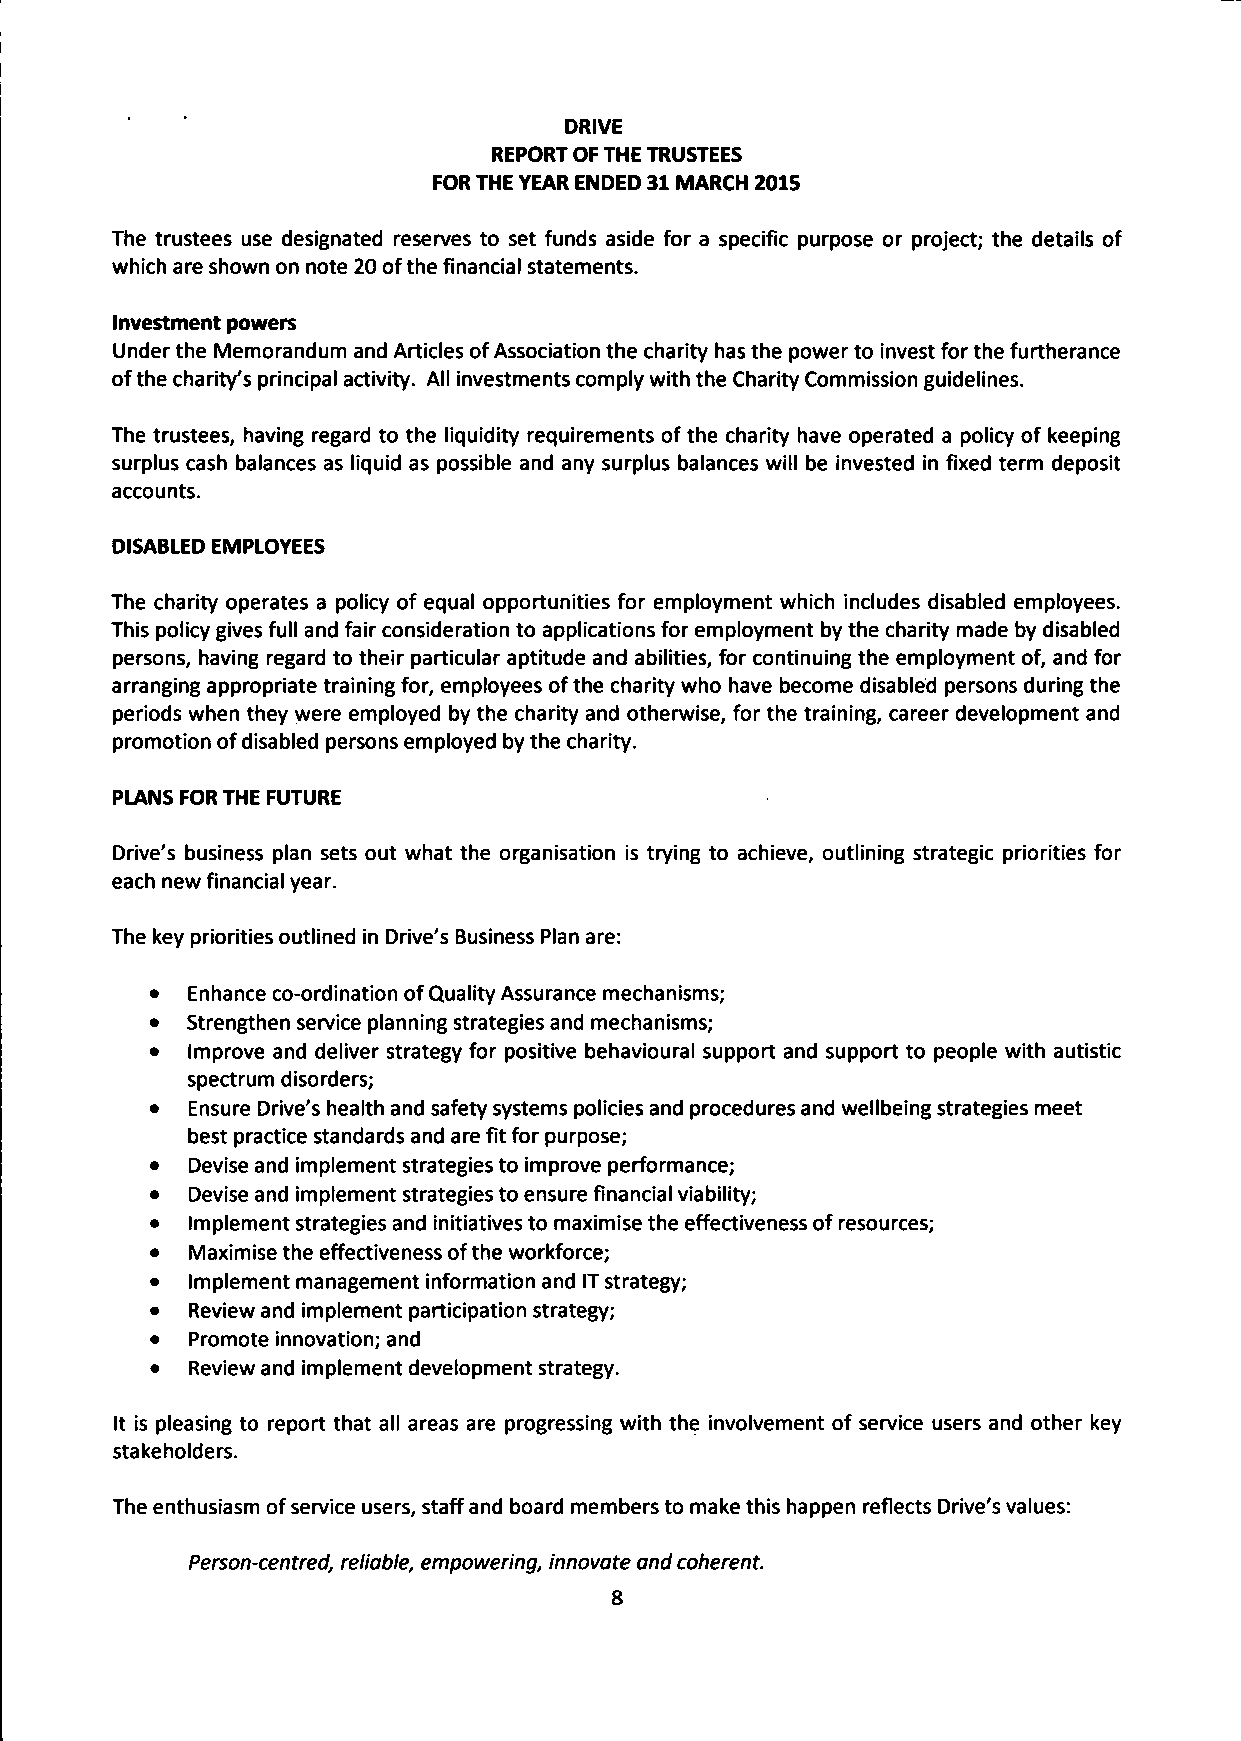
DRIVE
 REPORT OF THE TRUSTEES
 FOR THE YEAR ENDED 31 MARCH 2015
 The trustees use designated reserves to set funds aside for a specific purpose or project; the details of
 which are shown on note 20 of the financial statements.
 Investment powers
 Under the Memorandum and Articles of Association the charity has the power to invest for the furtherance
 of the charity's principal activity. All investments comply with the Charity Commission guidelines.
 The trustees, having regard to the liquidity requirements of the charity have operated a policy of keeping
 surplus cash balances as liquid as possible and any surplus balances will be invested in fixed term deposit
 accounts.
 DISABLED EMPLOYEES
 The charity operates a policy of equal opportunities for employment which includes disabled employees.
 This policy gives full and fair consideration to applications for employment by the charity made by disabled
 persons, having regard to their particular aptitude and abilities, for continuing the employment of, and for
 arranging appropriate training for, employees of the charity who have become disabled persons during the
 periods when they were employed by the charity and otherwise, for the training, career development and
 promotion of disabled persons employed by the charity.
 PLANS FOR THE FUTURE
 Drive's business plan sets out what the organisation is trying to achieve, outlining strategic priorities for
 each new financial year.
 The key priorities outlined in Drive's Business Plan are:
 •  Enhance co-ordination of Quality Assurance mechanisms;
 • Strengthen service planning strategies and mechanisms;
 •  Improve and deliver strategy for positive behavioural support and support to people with autistic
 spectrum disorders;
 •  Ensure Drive's health and safety systems policies and procedures and wellbeing strategies meet
 best practice standards and are fit for purpose;
 •  Devise and implement strategies to improve performance;
 •  Devise and implement strategies to ensure financial viability;
 •  Implement strategies and initiatives to maximise the effectiveness of resources;
 •  Maximise the effectiveness of the workforce;
 •  Implement management information and IT strategy;
 •  Review and implement participation strategy;
 •  Promote innovation; and
 •  Review and implement development strategy.
 It is pleasing to report that all areas are progressing with the involvement of service users and other key
 stakeholders.
 The enthusiasm of service users, staff and board members to make this happen reflects Drive's values:
 Person-centred, reliable, empowering, innovate and coherent.
 8